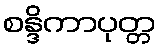
စန္ဒိကာပုတ္တ